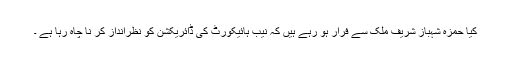
کیا حمزہ شہباز شریف ملک سے فرار ہو رہے ہیں کہ نیب ہائیکورٹ کی ڈائریکشن کو نظرانداز کر نا چاہ رہا ہے ۔